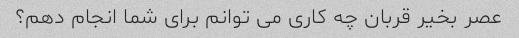
عصر بخیر قربان چه کاری می توانم برای شما انجام دهم؟